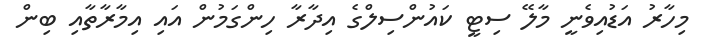
މިހާރު އަޑުއިވެނީ މާލޭ ސިޓީ ކައުންސިލްގެ އިދާރާ ހިންގަމުން އައި އިމާރާތާއި ބިން